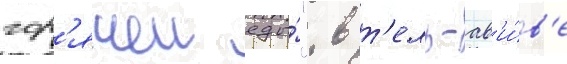
гор'ячеи еды́". в т'ель-ав'и́в'е